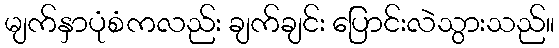
မျက်နှာပုံစံကလည်း ချက်ချင်း ပြောင်းလဲသွားသည်။